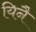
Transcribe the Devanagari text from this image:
यिनै